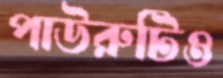
পাউরুটিও